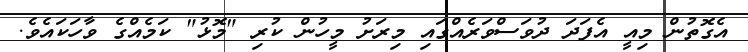
އެގޮތުން މިއީ އެފަދަ ދުވަސްވަރެއްގައި މިރަށު މީހުން ކުރި "މޮޅު" ކަމެއްގެ ވާހަކައެވެ.